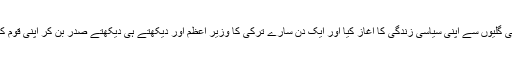
استنبول کی گلیوں سے اپنی سیاسی زندگی کا آغاز کیا اور ایک دن سارے ترکی کا وزیر اعظم اور دیکھتے ہی دیکھتے صدر بن کر اپنی قوم کا دل جیتا۔